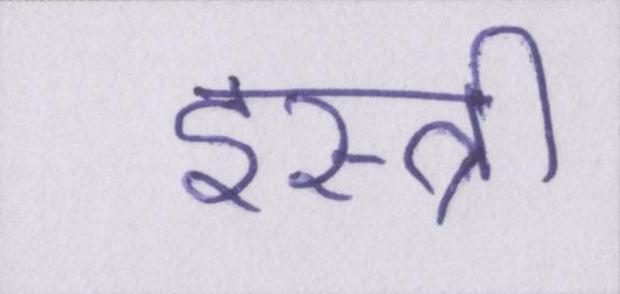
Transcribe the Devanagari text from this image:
इस्त्री